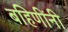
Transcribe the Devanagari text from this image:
बहिणींनी